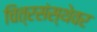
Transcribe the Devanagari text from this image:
चित्रसंस्थेवर